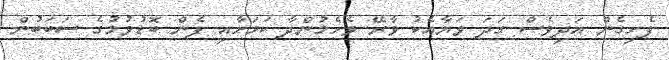
ފެށިގެން އަދިވެސް ގަދަ ވަޔާއެކު ވާރޭ ވެހެމުންދާ ކަމަށާއި ފެން ބޮޑުވުމުގެ ސަބަބުން